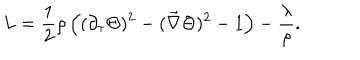
LaTeX: L = \frac { 1 } { 2 } \rho \left( ( \partial _ { \tau } \Theta ) ^ { 2 } - ( \vec { \nabla } \Theta ) ^ { 2 } - 1 \right) - \frac { \lambda } { \rho } .